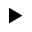
\blacktriangleright